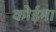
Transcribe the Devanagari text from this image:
कोईना